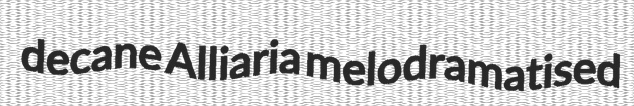
decane Alliaria melodramatised